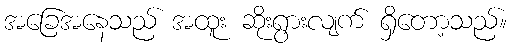
အခြေအနေသည် အထူး ဆိုးရွားလျက် ရှိတော့သည်။